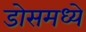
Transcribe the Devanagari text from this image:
डोसमध्ये